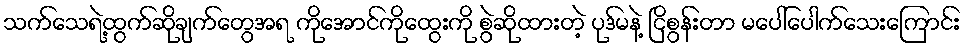
သက်သေရဲ့ထွက်ဆိုချက်တွေအရ ကိုအောင်ကိုထွေးကို စွဲဆိုထားတဲ့ ပုဒ်မနဲ့ ငြိစွန်းတာ မပေါ်ပေါက်သေးကြောင်း